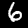
Label: 6